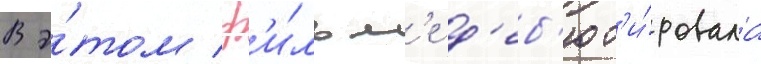
В э́том ф'и́льм'е д'еб'ют'и́ровала